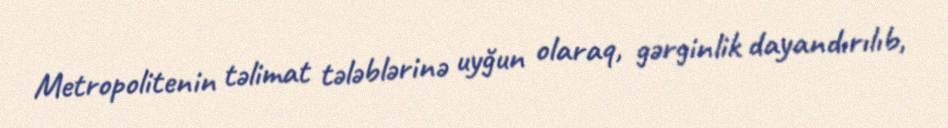
Metropolitenin təlimat tələblərinə uyğun olaraq, gərginlik dayandırılıb,